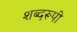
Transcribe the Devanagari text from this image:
शब्दरूपी